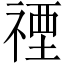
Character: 禋